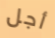
أجل